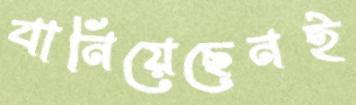
বানিয়েছেনই